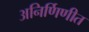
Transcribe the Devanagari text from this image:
अनिर्णिणीत